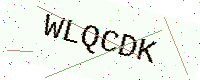
Text: WLQCDK